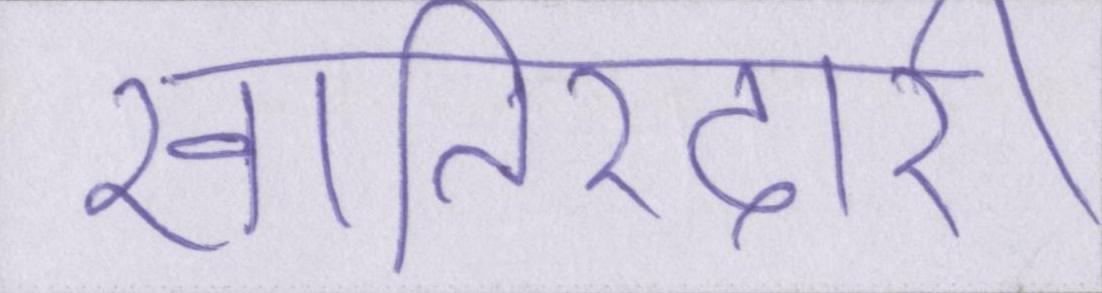
खातिरदारी